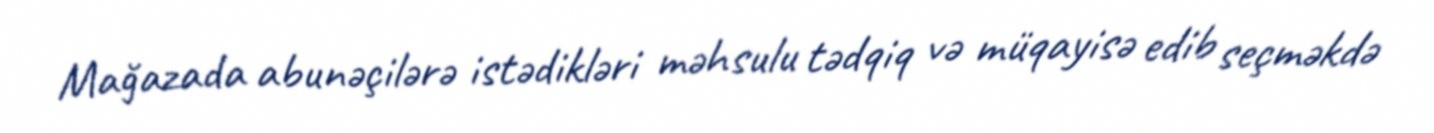
Mağazada abunəçilərə istədikləri məhsulu tədqiq və müqayisə edib seçməkdə